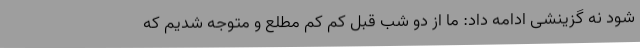
شود نه گزینشی ادامه داد: ما از دو شب قبل کم کم مطلع و متوجه شدیم که